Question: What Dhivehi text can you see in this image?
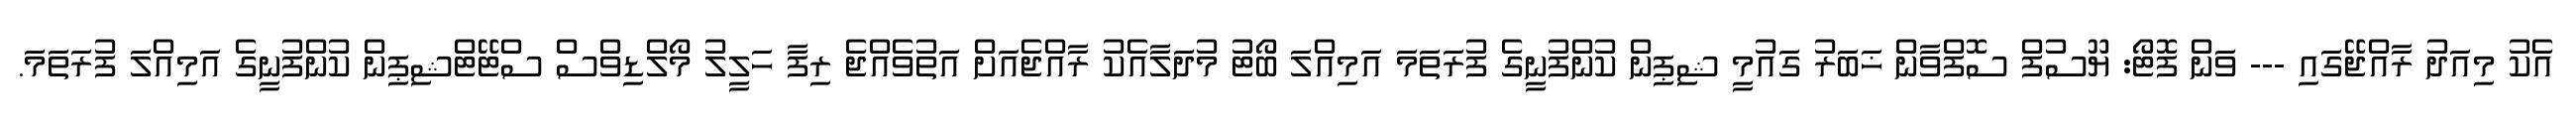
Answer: އެކު މިއަދު ރާއްޖޭގައި --- ވަން ފޮޓޯ: ޔޫސުފް ސޮފްވާން ޚަބަރު ގައުމީ ޝިޕިން ކުންފުނީގެ ފުރަތަމަ އަމިއްލަ ބޯޓު މުދަލާއެކު ރާއްޖެއަށް އަތުވެއްޖެ ރިފާ ހަލީލު މޯލްޑިވްސް ސްޓޭޓްޝިޕިން ކުންފުނީގެ އަމިއްލަ ފުރަތަމަ.